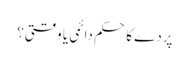
پردے کا حکم دائمی یا وقتی؟